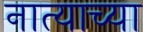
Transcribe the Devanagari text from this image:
नात्याच्या